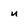
Character: u